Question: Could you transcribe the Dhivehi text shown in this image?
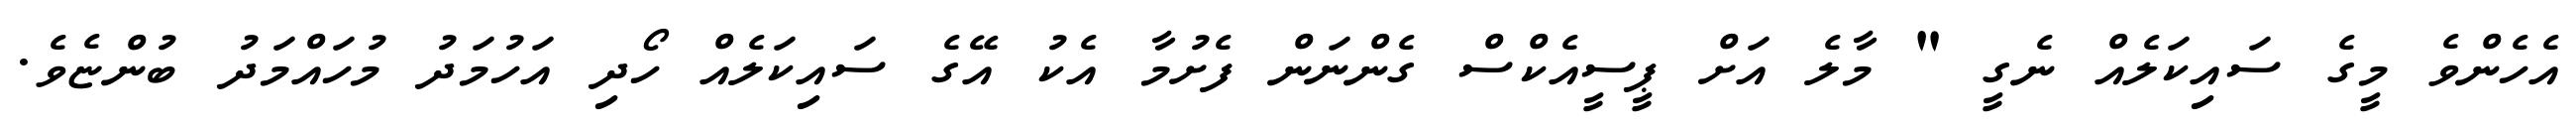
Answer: އެހެންވެ މީގެ ސައިކަލެއް ނެގީ " މާލެ އަށް ޕީސީއެކްސް ގެންނަން ފެށުމާ އެކު އޭގެ ސައިކަލެއް ހޯދި އަހުމަދު މުހައްމަދު ބުންޏެވެ.